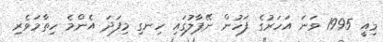
މިއީ 1995 ވަނަ އަހަރުގެ ފަހުން ނޭޕާލުގައި ހިނގި މިފަދަ އެންމެ ހިތާމަވެރި